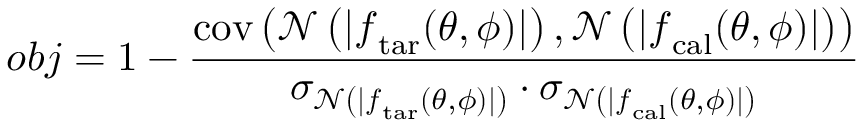
o b j = 1 - \frac { \mathrm { c o v } \left( \mathcal { N } \left( | \boldsymbol { f } _ { \mathrm { t a r } } ( \theta , \phi ) | \right) , \mathcal { N } \left( | \boldsymbol { f } _ { \mathrm { c a l } } ( \theta , \phi ) | \right) \right) } { \sigma _ { \mathcal { N } \left( | \boldsymbol { f } _ { \mathrm { t a r } } ( \theta , \phi ) | \right) } \cdot \sigma _ { \mathcal { N } \left( | \boldsymbol { f } _ { \mathrm { c a l } } ( \theta , \phi ) | \right) } }